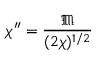
\chi ^ { \prime \prime } = { \frac { \mathfrak { M } } { ( 2 \chi ) ^ { 1 / 2 } } }